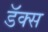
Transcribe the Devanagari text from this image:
डॅक्स